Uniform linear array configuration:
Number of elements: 24
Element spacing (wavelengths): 0.5
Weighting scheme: kaiser
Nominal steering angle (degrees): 30
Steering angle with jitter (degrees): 28.432
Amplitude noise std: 0.05
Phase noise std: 0.05

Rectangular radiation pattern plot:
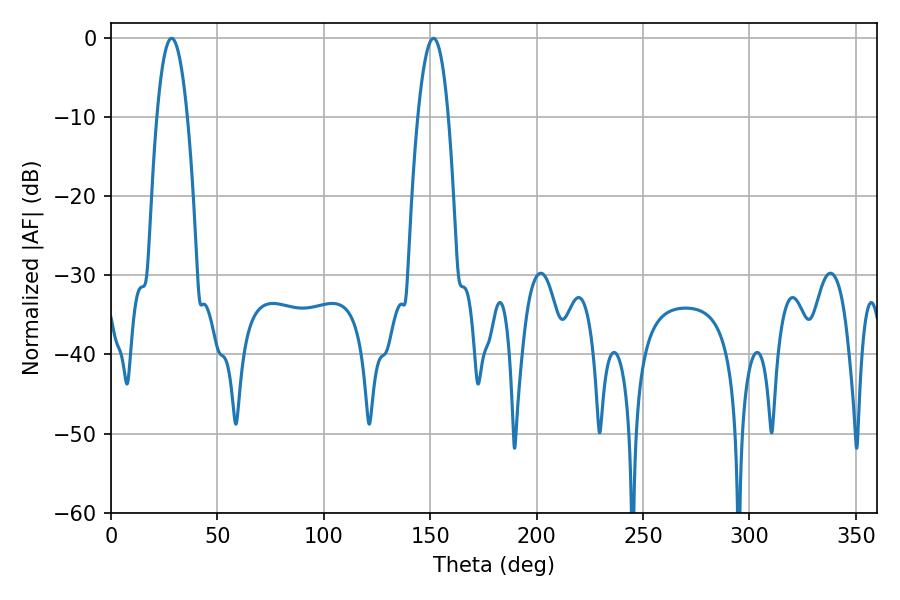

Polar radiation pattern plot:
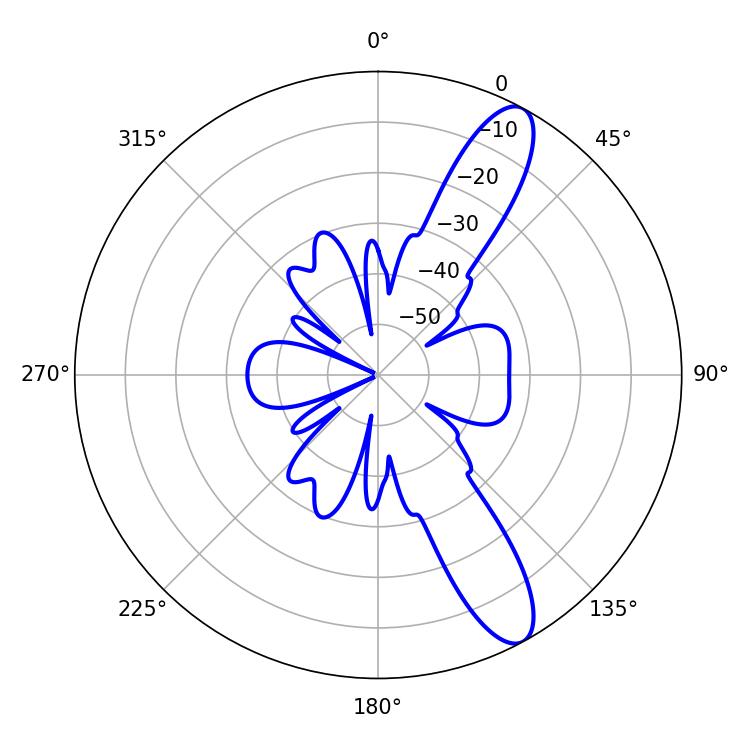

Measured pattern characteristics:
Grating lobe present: FALSE
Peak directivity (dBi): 11.493
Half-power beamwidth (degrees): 7.92
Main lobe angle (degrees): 28.44